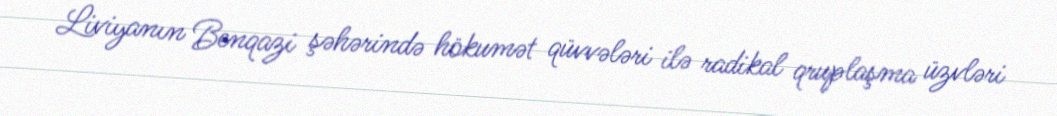
Liviyanın Benqazi şəhərində hökumət qüvvələri ilə radikal qruplaşma üzvləri